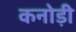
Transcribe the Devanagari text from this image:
कनोड़ी